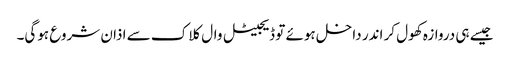
جیسے ہی دروازہ کھول کر اندر داخل ہوئے تو ڈیجیٹل وال کلاک سے اذان شروع ہوگی۔